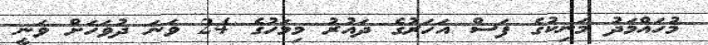
މުހައްމަދު މަނިކުގެ ފަސް އަހަރުގެ ދައުރު މިމަހުގެ 24 ވަނަ ދުވަހަށް ވަނީ